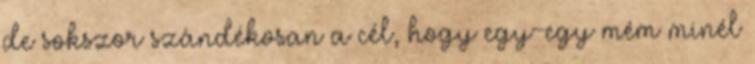
de sokszor szándékosan a cél, hogy egy-egy mém minél